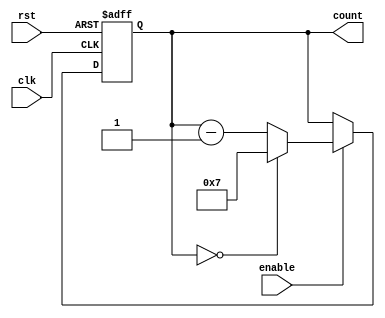
module ModuloN_Down_Counter (
    input wire clk,
    input wire rst,
    input wire enable,
    output reg [N-1:0] count
);

parameter N = 8; // Set N to desired counter size

always @(posedge clk or posedge rst) begin
    if (rst) begin
        count <= N - 1; // Initialize counter to N-1 on reset
    end else begin
        if (enable) begin
            if (count == 0) begin
                count <= N - 1; // Reset counter to N-1 if count reaches 0
            end else begin
                count <= count - 1; // Count down by 1 on each clock cycle when enable is active
            end
        end
    end
end

endmodule